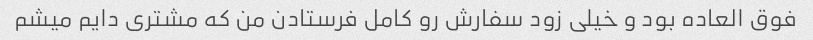
فوق العاده بود و خیلی زود سفارش رو کامل فرستادن من که مشتری دایم میشم